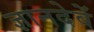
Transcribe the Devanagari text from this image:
ज्ञानदेवें